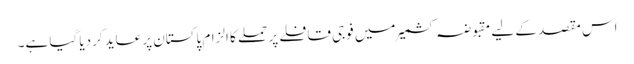
اس مقصد کے لیے مقبوضہ کشمیر میں فوجی قافلے پر حملے کا الزام پاکستان پر عاید کردیا گیا ہے۔